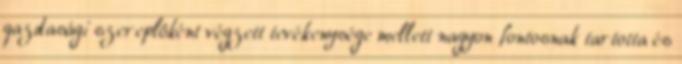
gazdasági szereplôként végzett tevékenysége mellett nagyon fontosnak tartotta és